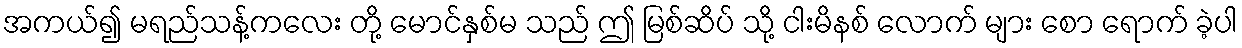
အကယ်၍ မရည်သန့်ကလေး တို့ မောင်နှစ်မ သည် ဤ မြစ်ဆိပ် သို့ ငါးမိနစ် လောက် များ စော ရောက် ခဲ့ပါ